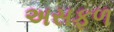
અસફળ